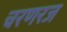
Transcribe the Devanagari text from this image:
चरणरज